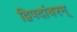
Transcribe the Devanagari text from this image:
द्विपदांबरम्